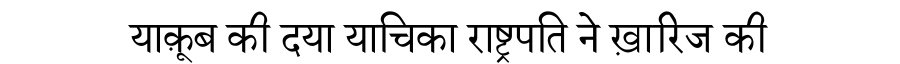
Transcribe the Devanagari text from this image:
याक़ूब की दया याचिका राष्ट्रपति ने ख़ारिज की